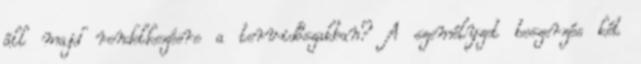
áll majd rendelkezésre a tervidőszakban? A személyzet beszerzés két